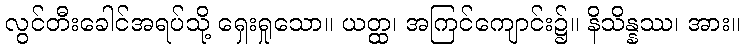
လွင်တီးခေါင်အရပ်သို့ ရှေးရှုသော။ ယတ္ထ၊ အကြင်ကျောင်း၌။ နိသိန္နဿ၊ အား။